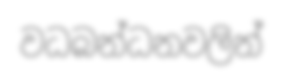
වධබන්ධනවලින්